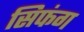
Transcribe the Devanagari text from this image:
सिफंग